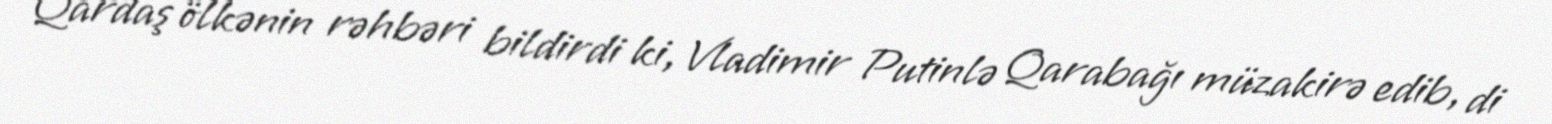
Qardaş ölkənin rəhbəri bildirdi ki, Vladimir Putinlə Qarabağı müzakirə edib, di